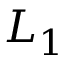
\boldsymbol { L } _ { 1 }